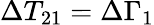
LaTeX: \Delta T_{21}=\Delta\Gamma_{1}